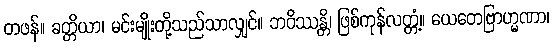
တဖန်။ ခတ္တိယာ၊ မင်းမျိုးတို့သည်သာလျှင်။ ဘဝိဿန္တိ၊ ဖြစ်ကုန်လတ္တံ့။ ယေတေဗြာဟ္မဏာ၊